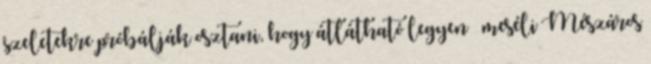
szeletekre próbálják osztani, hogy átlátható legyen – meséli Mészáros